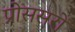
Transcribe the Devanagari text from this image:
प्रोससरों